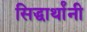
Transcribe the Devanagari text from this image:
सिद्धार्थांनी